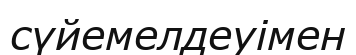
сүйемелдеуімен